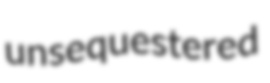
unsequestered